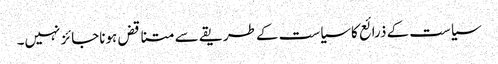
سیاست کے ذرائع کاسیاست کے طریقے سے متناقض ہوناجائز نہیں۔